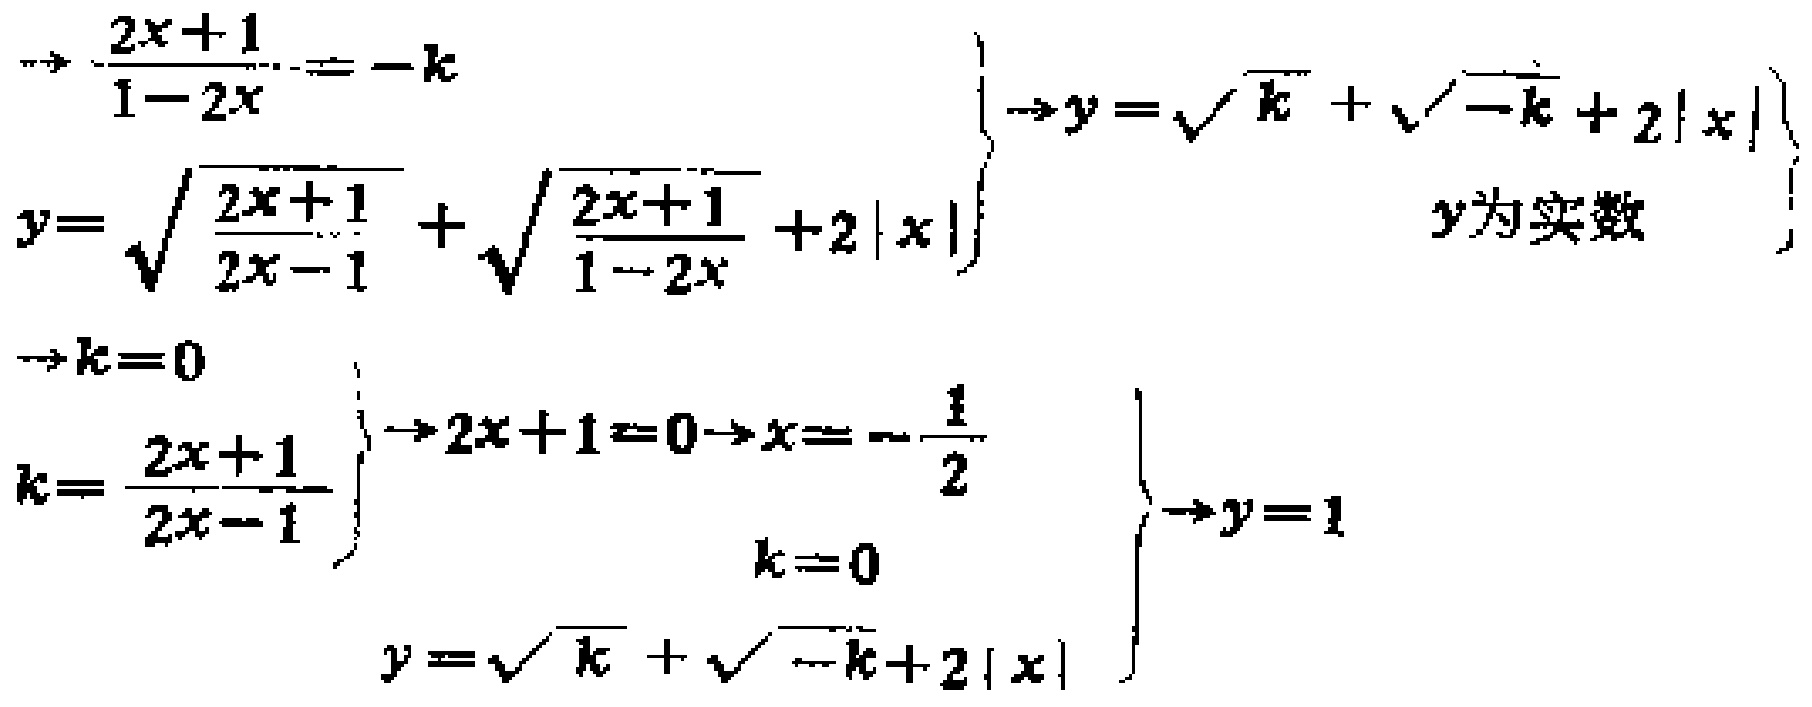
\[
\begin{align*}
&\Rightarrow\frac{2x + 1}{1 - 2x}=-k\\
y&=\sqrt{\frac{2x + 1}{2x - 1}}+\sqrt{\frac{2x + 1}{1 - 2x}}+2|x|\left.\begin{array}{l}
\\
\end{array}\right\}\left.\begin{array}{l}
\Rightarrow y=\sqrt{k}+\sqrt{-k}+2|x|\\
y\text{为实数}
\end{array}\right\}\\
&\Rightarrow k = 0\\
k&=\frac{2x + 1}{2x - 1}\left.\begin{array}{l}
\\
\end{array}\right\}\Rightarrow 2x+1 = 0\Rightarrow x=-\frac{1}{2}\left.\begin{array}{l}
\\
\end{array}\right\}\left.\begin{array}{l}
\\
k = 0
\end{array}\right\}\Rightarrow y = 1\\
y&=\sqrt{k}+\sqrt{-k}+2|x|
\end{align*}
\]